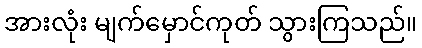
အားလုံး မျက်မှောင်ကုတ် သွားကြသည်။